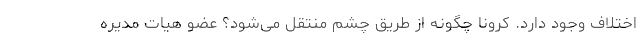
اختلاف وجود دارد. کرونا چگونه از طریق چشم منتقل می‌شود؟ عضو هیات مدیره